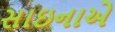
સાઇનાએ